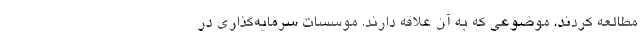
مطالعه کردند، موضوعی که به آن علاقه دارند. موسسات سرمایه‌گذاری در